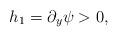
LaTeX: \begin{align*}h_1=\partial_y\psi>0,\end{align*}